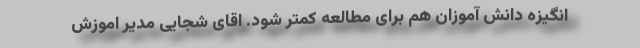
انگیزه دانش آموزان هم برای مطالعه کمتر شود. اقای شجایی مدیر اموزش